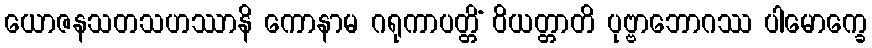
ယောဇနသတသဟဿာနိ ကောနာမ ဂရုကာပတ္တိံ ဝိယတ္တာတိ ပုဗ္ဗာဘောဂဿ ပါမောက္ခေ